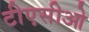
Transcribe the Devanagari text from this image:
टीएसीओ